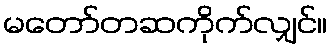
မတော်တဆကိုက်လျှင်။